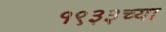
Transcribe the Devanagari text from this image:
१९३३च्या